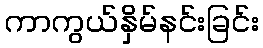
ကာကွယ်နှိမ်နင်းခြင်း